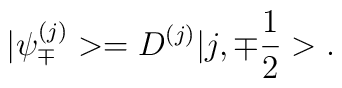
|{\psi}^{(j)}_{\mp}>=D^{(j)}|j,{\mp}\frac{1}{2}>.